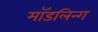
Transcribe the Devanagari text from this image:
मॉडलिन्ग